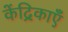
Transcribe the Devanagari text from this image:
केंद्रिकाएँ